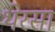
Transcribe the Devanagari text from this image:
थेरसा